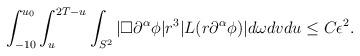
LaTeX: \begin{align*} \begin{aligned} \int_{-10}^{u_0} \int_u^{2 T - u} \int_{S^2} |\Box \partial^\alpha \phi| r^3 |L(r \partial^\alpha\phi)| d \omega d v d u \le C \epsilon^2. \end{aligned}\end{align*}